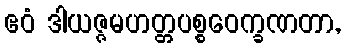
ဧဝံ ဒါယဇ္ဇမဟတ္တပစ္စဝေက္ခဏတာ,